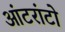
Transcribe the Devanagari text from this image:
आंटरांटो